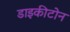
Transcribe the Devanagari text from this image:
डाइकीटोन